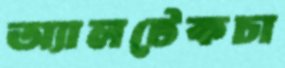
অ্যালটেকচা